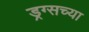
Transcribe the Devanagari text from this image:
ड्रग्सच्या